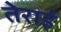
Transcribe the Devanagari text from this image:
तेराई